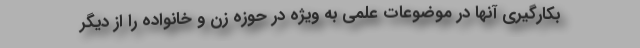
بکارگیری آنها در موضوعات علمی به ویژه در حوزه زن و خانواده را از دیگر